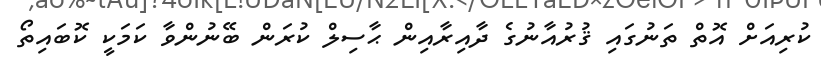
ކުރިއަށް އޮތް ތަނުގައި ޤުރުއާނުގެ ދާއިރާއިން ޙާސިލް ކުރަން ބޭނުންވާ ކަމަކީ ކޮބައިތޯ